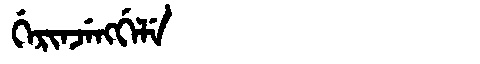
Manchu: ᡤᡝᡵᡳᠨᠵᡝᠩᡤᡝᠯᡝ
Romanization: GERINJENGGELE